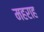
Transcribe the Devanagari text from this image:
महराह